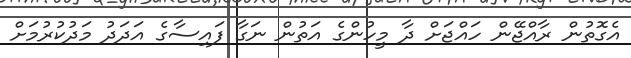
އެގޮތުން ރާއްޖޭން ހައްޖަށް ދާ މީހުންގެ އަތުން ނަގާ ފައިސާގެ އަދަދު މަދުކުރުމަށް